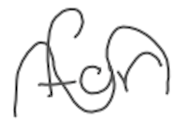
Text: for
Cross-out: mix
Writing tool: digital_gray